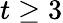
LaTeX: t\geq 3